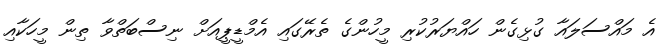
އެ މައްސަލައާ ގުޅިގެން ހައްޔަރުކުރި މީހުންގެ ތެރޭގައި އެމްޑީޕީއަށް ނިސްބަތްވާ ތިން މީހަކާއި